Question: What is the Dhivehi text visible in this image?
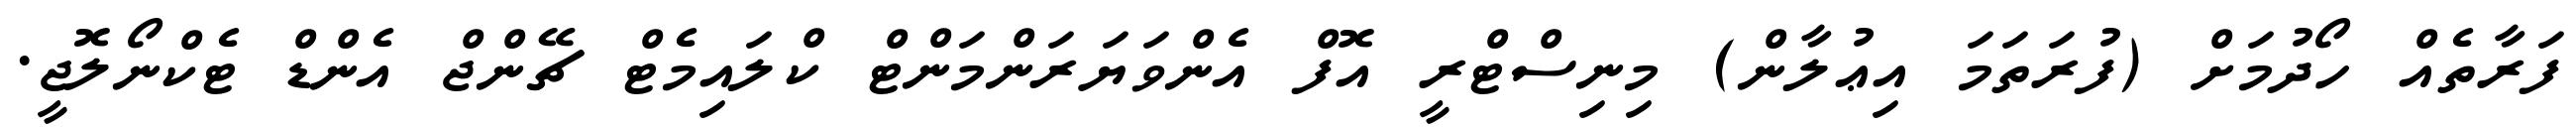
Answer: ފަރާތެއް ހޯދުމަށް (ފުރަތަމަ އިޢުލާން) މިނިސްޓްރީ އޮފް އެންވަޔަރަންމަންޓް ކްލައިމެޓް ޗޭންޖް އެންޑް ޓެކްނޯލޮޖީ.